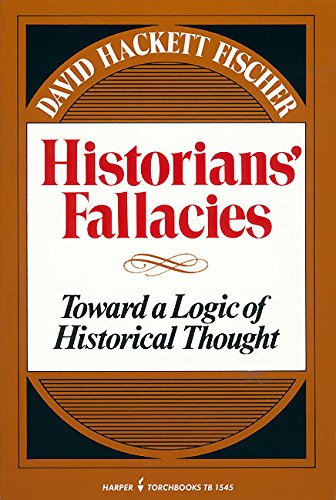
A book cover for Historians' Fallacies : Toward a Logic of Historical Thought; David Hackett Fischer; History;